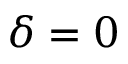
\delta = 0